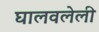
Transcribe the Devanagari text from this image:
घालवलेली